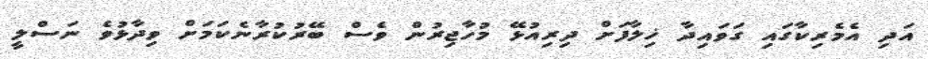
އަދި އެމެރިކާގައި ގަވައިދާ ޚިލާފަށް ދިރިއުޅޭ މުހާޖިރުން ވެސް ބޭރުކުރާނެކަމަށް ވިދާޅުވެ ނަސްލީ